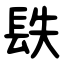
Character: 镻